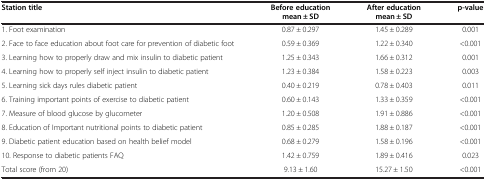
<table><thead><tr><td><b>Station title</b></td><td><b>Before education mean ± SD</b></td><td><b>After education mean ± SD</b></td><td><b>p-value</b></td></tr></thead><tbody><tr><td>1. Foot examination</td><td>0.87 ± 0.297</td><td>1.45 ± 0.289</td><td>0.001</td></tr><tr><td>2. Face to face education about foot care for prevention of diabetic foot</td><td>0.59 ± 0.369</td><td>1.22 ± 0.340</td><td>&lt;0.001</td></tr><tr><td>3. Learning how to properly draw and mix insulin to diabetic patient</td><td>1.25 ± 0.343</td><td>1.66 ± 0.312</td><td>0.001</td></tr><tr><td>4. Learning how to properly self inject insulin to diabetic patient</td><td>1.23 ± 0.384</td><td>1.58 ± 0.223</td><td>0.003</td></tr><tr><td>5. Learning sick days rules diabetic patient</td><td>0.40 ± 0.219</td><td>0.78 ± 0.403</td><td>0.011</td></tr><tr><td>6. Training important points of exercise to diabetic patient</td><td>0.60 ± 0.143</td><td>1.33 ± 0.359</td><td>&lt;0.001</td></tr><tr><td>7. Measure of blood glucose by glucometer</td><td>1.20 ± 0.508</td><td>1.91 ± 0.886</td><td>&lt;0.001</td></tr><tr><td>8. Education of Important nutritional points to diabetic patient</td><td>0.85 ± 0.285</td><td>1.88 ± 0.187</td><td>&lt;0.001</td></tr><tr><td>9. Diabetic patient education based on health belief model</td><td>0.68 ± 0.279</td><td>1.58 ± 0.196</td><td>&lt;0.001</td></tr><tr><td>10. Response to diabetic patients FAQ</td><td>1.42 ± 0.759</td><td>1.89 ± 0.416</td><td>0.023</td></tr><tr><td>Total score (from 20)</td><td>9.13 ± 1.60</td><td>15.27 ± 1.50</td><td>&lt;0.001</td></tr></tbody></table>